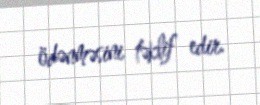
ödənməsini təklif edir.